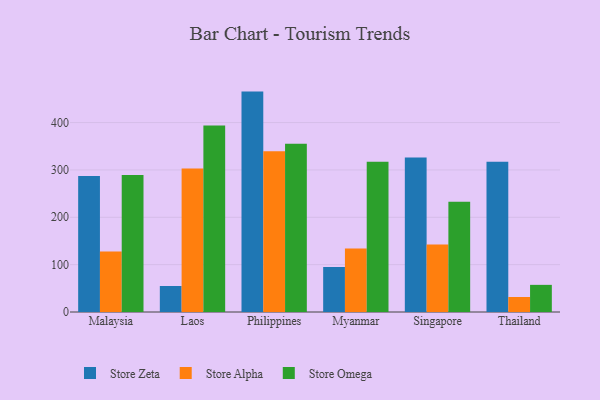
{"axis": {"x": "Country", "y": "LTV (USD)"}, "legend": ["Store Alpha", "Store Omega", "Store Zeta"], "data": [{"x": "Malaysia", "y": 287.2, "type": "Store Zeta"}, {"x": "Malaysia", "y": 127.7, "type": "Store Alpha"}, {"x": "Malaysia", "y": 289.2, "type": "Store Omega"}, {"x": "Laos", "y": 54.9, "type": "Store Zeta"}, {"x": "Laos", "y": 302.9, "type": "Store Alpha"}, {"x": "Laos", "y": 393.9, "type": "Store Omega"}, {"x": "Philippines", "y": 465.4, "type": "Store Zeta"}, {"x": "Philippines", "y": 339.5, "type": "Store Alpha"}, {"x": "Philippines", "y": 355.3, "type": "Store Omega"}, {"x": "Myanmar", "y": 95.2, "type": "Store Zeta"}, {"x": "Myanmar", "y": 133.9, "type": "Store Alpha"}, {"x": "Myanmar", "y": 317.5, "type": "Store Omega"}, {"x": "Singapore", "y": 326.1, "type": "Store Zeta"}, {"x": "Singapore", "y": 142.7, "type": "Store Alpha"}, {"x": "Singapore", "y": 232.7, "type": "Store Omega"}, {"x": "Thailand", "y": 317.5, "type": "Store Zeta"}, {"x": "Thailand", "y": 31.7, "type": "Store Alpha"}, {"x": "Thailand", "y": 57.3, "type": "Store Omega"}]}